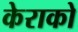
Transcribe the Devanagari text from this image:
केराको